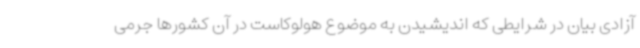
آزادی بیان در شرایطی که اندیشیدن به موضوع هولوکاست در آن کشورها جرمی